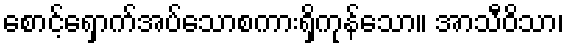
စောင့်ရှောက်အပ်သောစကားရှိကုန်သော။ အာသီဝိသာ၊